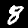
Digit: 8